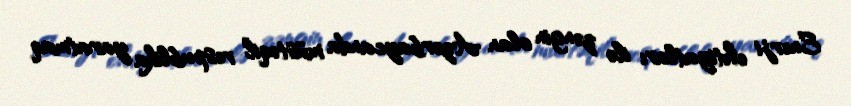
Enerji ehtiyatları ilə zəngin olan Azərbaycanda müstəqil respublika yaratmaq